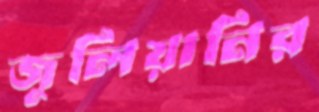
জুলিয়ানির